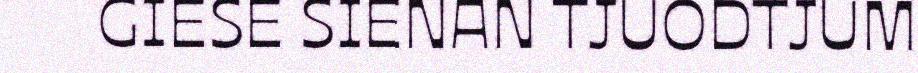
GIESE SIENAN TJUODTJUM